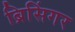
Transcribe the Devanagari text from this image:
ब्रिसिंगर